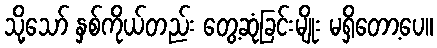
သို့သော် နှစ်ကိုယ်တည်း တွေ့ဆုံခြင်းမျိုး မရှိတော့ပေ။